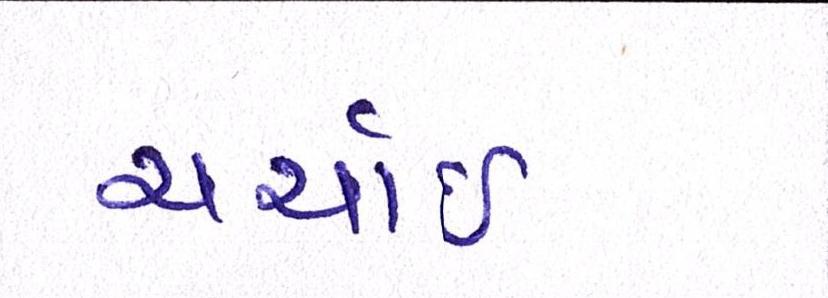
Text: ચર્ચાઈ